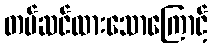
တပ်ဆင်ထားသောကြောင့်